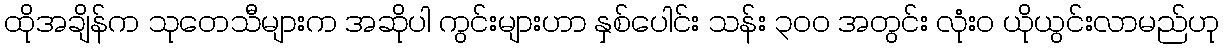
ထိုအချိန်က သုတေသီများက အဆိုပါ ကွင်းများဟာ နှစ်ပေါင်း သန်း ၃၀၀ အတွင်း လုံးဝ ယိုယွင်းလာမည်ဟု